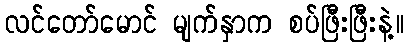
လင်တော်မောင် မျက်နှာက စပ်ဖြီးဖြီးနဲ့။